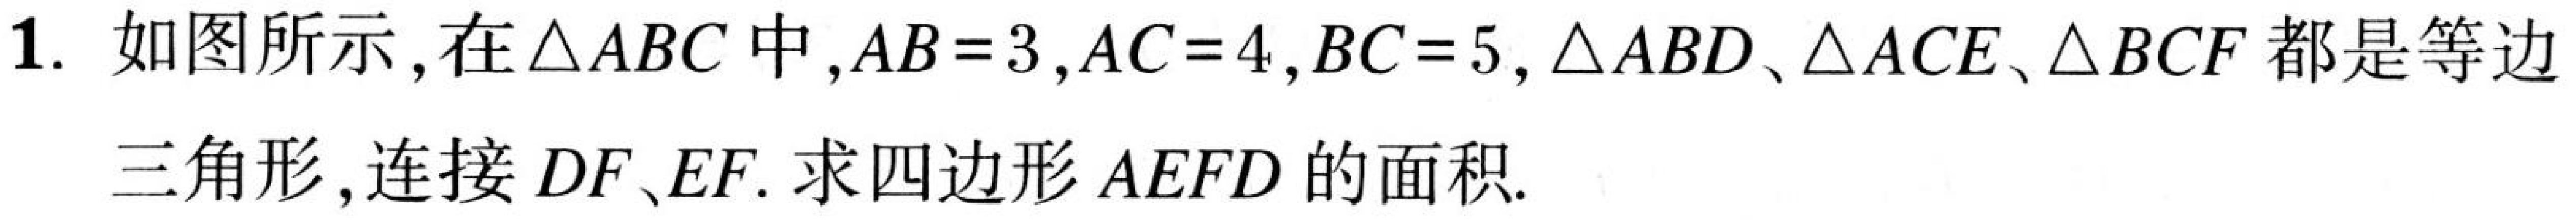
1. 如图所示，在\(\triangle ABC\)中，\(AB = 3\)，\(AC = 4\)，\(BC = 5\)，\(\triangle ABD\)、\(\triangle ACE\)、\(\triangle BCF\)都是等边
三角形，连接\(DF\)、\(EF\). 求四边形\(AEFD\)的面积.